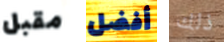
مقبل أفضل ذلك